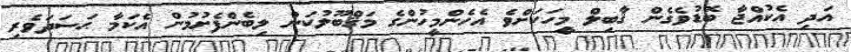
އަދި އެކުއްޖާ ބޮޑުވެގެން ޤާބިލް މީހަކަށްވެ އެހެންމީހުންގެ މަޤްބޫލުކަން ލިބެންފެށުމުން އެކަމާ ޙަސަދަވެރި